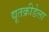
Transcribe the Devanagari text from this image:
द्यूतक्रीडेला